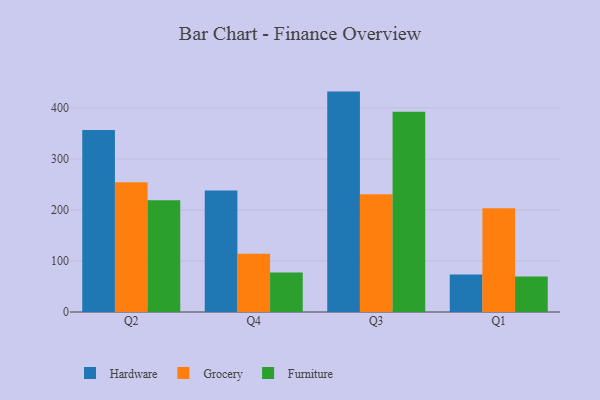
{"axis": {"x": "Quarter", "y": "Page Views"}, "legend": ["Furniture", "Grocery", "Hardware"], "data": [{"x": "Q2", "y": 357.0, "type": "Hardware"}, {"x": "Q2", "y": 254.4, "type": "Grocery"}, {"x": "Q2", "y": 218.9, "type": "Furniture"}, {"x": "Q4", "y": 238.2, "type": "Hardware"}, {"x": "Q4", "y": 114.3, "type": "Grocery"}, {"x": "Q4", "y": 77.3, "type": "Furniture"}, {"x": "Q3", "y": 432.1, "type": "Hardware"}, {"x": "Q3", "y": 230.7, "type": "Grocery"}, {"x": "Q3", "y": 392.8, "type": "Furniture"}, {"x": "Q1", "y": 73.4, "type": "Hardware"}, {"x": "Q1", "y": 203.6, "type": "Grocery"}, {"x": "Q1", "y": 69.4, "type": "Furniture"}]}